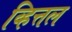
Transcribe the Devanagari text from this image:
व्हित्तल